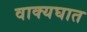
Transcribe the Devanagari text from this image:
वाक्यघात